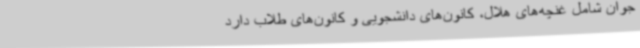
جوان شامل غنچه‌های هلال، کانون‌های دانشجویی و کانون‌های طلاب دارد